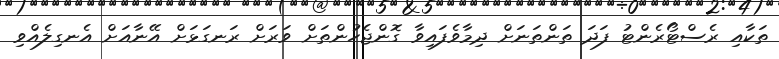
ތަކާއި ރެސްޓޯރެންޓު ފަދަ ތަންތަނަށް ދިމާވެފައިވާ ގޮންޖެހުންތަށް ވަރަށް ރަނގަޅަށް އޭނާއަށް އެނގިލެއްވި